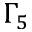
\Gamma _ { 5 }